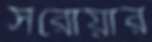
সরোয়ার